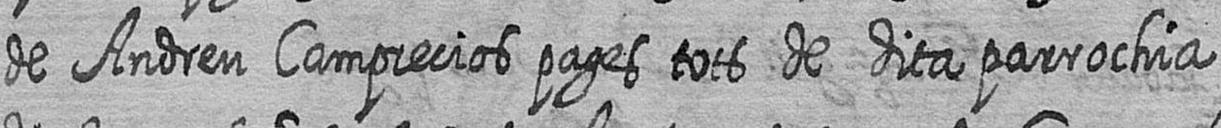
de Andreu Camprecios pages tots de dita parrochia